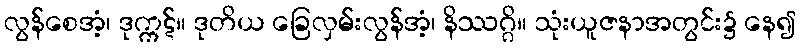
လွန်စေအံ့၊ ဒုက္ကဋ်။ ဒုတိယ ခြေလှမ်းလွန်အံ့၊ နိဿဂ္ဂိ။ သုံးယူဇနာအတွင်း၌ နေ၍